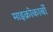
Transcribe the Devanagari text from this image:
माइक्रोकार्बो